Medical and sanitary report of the native army of Bengal for the year
Year: 1876
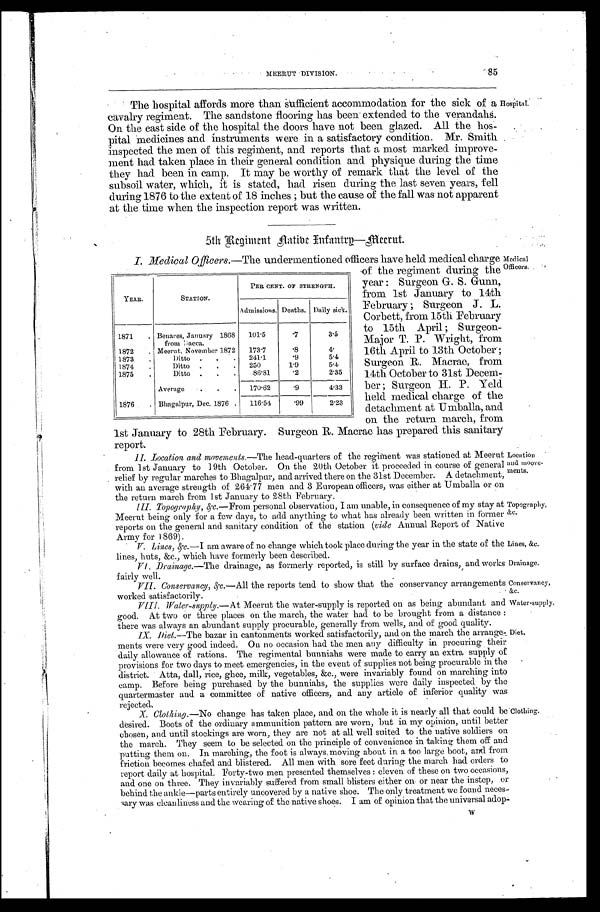
MEERUT DIVISION. 85
The hospital affords more than Sufficient accommodation for the sick of a
cavalry regiment. The sandstone flooring has been extended to the verandahs.
On the east side of the hospital the doors have not been glazed. All the hos-
pital Medicines and instruments were in a satisfactory condition. Mr. Smith
inspected the men of this regiment, and reports that a most marked improve-
ment had taken place in their general condition and physique during the time
they had been in camp. It may be worthy of remark that the level of the
subsoil water, which, it is stated, had risen during the last seven years, fell
during 1876 to the extent of 18 inches; but the cause of the fall was not apparent
at the time when the inspection report was written.
5th Regiment Native Infantry—Meerut.
Hospital.
I. Medical Officers. —The undermentioned officers have held medical charge
of the regiment during the
year: Surgeon G. S. Gunn,
from 1st January to 14th
February; Surgeon J. L.
Corbett, from 15th February
to 15th April; Surgeon-
Major T. P. Wright, from
16th April to 13th October;
Surgeon R. Macrae, from
14th October to 31st Decem-
ber; Surgeon H. P. Yeld
held medical charge of the
detachment at Umballa, and
on the return march, from
1st January to 28th February. Surgeon R. Macrae has prepared this sanitary
report.
II. Location and movements. —The head-quarters of the regiment was stationed at Meerut
from 1st January to 19th October. On the 20th October it proceeded in course of general
relief by regular marches to Bhagalpur, and arrived there on the 31st December. A detachment,
with an average strength of 264.77 men and 3 European officers, was either at Umballa or on
the return march from 1st January to 28th February.
III. Topography, &c. —From personal observation, I am unable, in consequence of my stay at
Meerut being only for a few days, to add anything to what has already been written in former
reports on the general and sanitary condition of the station ( vide Annual Report of Native
Army for 1869).
V. Lines, &c.—I am aware of no change which took place during the year in the state of the
lines, huts, &c., which have formerly been described.
VI. Drainage.—The drainage, as formerly reported, is still by surface drains, and works
fairly well.
VII. Conservancy, &c.—All the reports tend to show that the conservancy arrangements
worked satisfactorily.
VIII. Water-supply.—At Meerut the water-supply is reported on as being abundant and
good. At two or three places on the march, the water had to be brought from a distance:
there was always an abundant supply procurable, generally from wells, and of good quality.
IX. Diet.—The bazar in cantonments worked satisfactorily, and on the march the arrange-
ments were very good indeed. On no occasion had the men any difficulty in procuring their
daily allowance of rations. The regimental bunniahs were made to carry an extra supply of
provisions for two days to meet emergencies, in the event of supplies not being procurable in the
district. Atta, dall, rice, ghee, milk, vegetables, &c., were invariably found on marching into
camp. Before being purchased by the bunniahs, the supplies were daily inspected by the
quartermaster and a committee of native officers, and any article of inferior quality was
rejected.
X. Clothing. —No change has taken place, and on the whole it is nearly all that could be
desired. Boots of the ordinary ammunition pattern are worn, but in my opinion, until better
chosen, and until stockings are worn, they are not at all well suited to the native soldiers on
the march. They seem to be selected on the principle of convenience in taking them off and
putting them on. In marching, the foot is always, moving about in a too large boot, and from
friction becomes chafed and blistered. All men with sore feet during the march had orders to
report daily at hospital. Forty-two men presented themselves: eleven of these on two occasions,
and one on three. They invariably suffered from small blisters either on or near the instep, or
behind the ankle—parts entirely uncovered by a native shoe. The only treatment we found neces-
sary was cleanliness and the wearing of the native shoes. I am of opinion that the universal adop-
W
YEAR.
STATION.
PER CENT. OF STRENGTH.
Admissions. Deaths. Daily sick.
1871 . Benares, January 1868
f r o m D a c c a .
101.5
. 7
3.5
1872 . Meerut, November 1872 173.7
.8
4.
1873 .
Ditto . . . 241.1
.9
5.4
1874 .
Ditto . . . 250
1.9
5.4
1875 .
Ditto . . .
86.81
.2
2.35
Average .
. . 170.62
.9
4.33
1876 . Bhagalpur, Dec. 1876 . 116.54
.99
2.23
Location
and moove-
ments.
Topography,
&c.
Lines, &c.
Drainage.
Conservancy,
&c.
Water-supply.
Diet.
Clothing.
Medical
Officers.